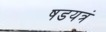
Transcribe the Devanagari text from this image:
षडयत्रं